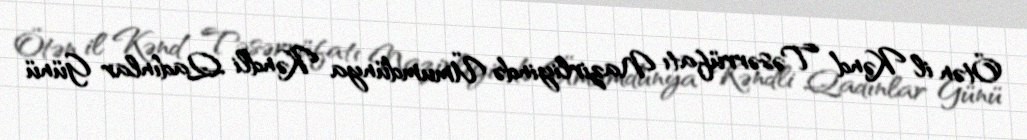
Ötən il Kənd Təsərrüfatı Nazirliyində Ümumdünya Kəndli Qadınlar Günü